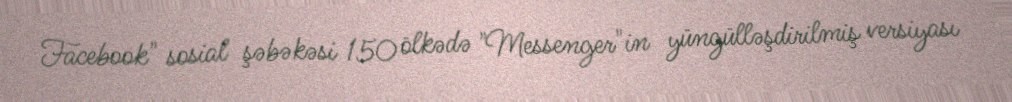
Facebook" sosial şəbəkəsi 150 ölkədə "Messenger"in yüngülləşdirilmiş versiyası